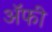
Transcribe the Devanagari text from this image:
अॅफी